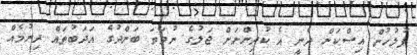
ފުލުހުން އިސްކަން ދެނީ އެ ކުދިންނަށް ޖަލުގެ ނުވަތަ ބަންދުގެ އަދަބުތައް ދިނުމެއް